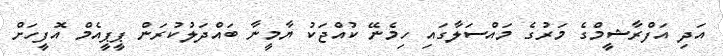
އަދި އަފްރާޝީމްގެ މަރުގެ މައްސަލާގައި ހިމެނޭ ކުއްޖަކު ޔާމީނާ ބައްދަލުކުރަން ޕީޕީއެމް އޮފީހަށް